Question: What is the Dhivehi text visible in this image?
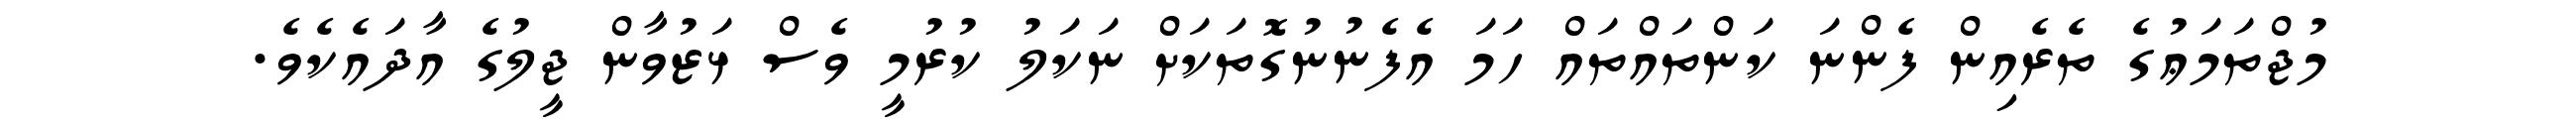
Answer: މުޖްތަމަޢުގެ ތެރެއިން ފެންނަ ކަންތައްތައް ހަމަ އެފެނުނުގޮތަކަށް ނަކަލު ކުރުމީ ވެސް ޅަޒުވާން ޖީލުގެ އާދައެކެވެ.